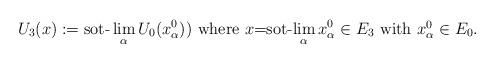
LaTeX: \begin{align*} U_3(x):=\mbox{sot-}\displaystyle\lim_{\alpha} U_0(x^0_{\alpha}))~\mbox{where $x$=sot-$\displaystyle\lim_{\alpha} x^0_{\alpha}\in E_3$ with $x^0_{\alpha}\in E_0$.}\end{align*}